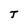
Character: T